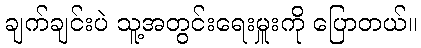
ချက်ချင်းပဲ သူ့အတွင်းရေးမှူးကို ပြောတယ်။